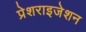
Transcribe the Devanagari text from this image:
प्रेशराइजेशन